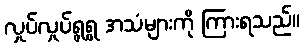
လှုပ်လှုပ်ရွရွ အသံများကို ကြားရသည်။